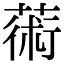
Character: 𦸇